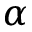
\alpha